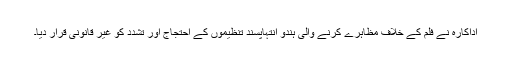
اداکارہ نے فلم کے خلاف مظاہرے کرنے والی ہندو انتہاپسند تنظیموں کے احتجاج اور تشدد کو غیر قانونی قرار دیا۔